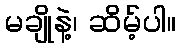
မချိုနဲ့၊ ဆိမ့်ပါ။